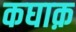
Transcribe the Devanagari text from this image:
कघाक़